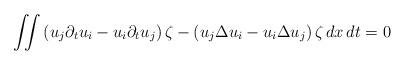
LaTeX: \begin{align*}\iint \left(u_j\partial_t u_i - u_i \partial_t u_j\right) \zeta - \left( u_j \Delta u_i - u_i \Delta u_j\right) \zeta \,dx\,dt=0 \end{align*}